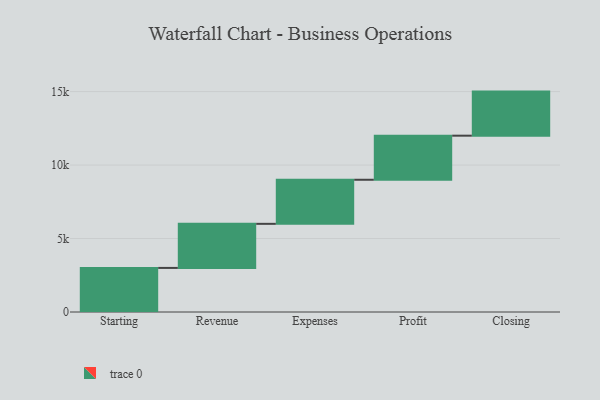
{"axis": {"x": "Step", "y": "Value"}, "legend": [""], "data": [{"x": "Starting", "y": 3000, "type": ""}, {"x": "Revenue", "y": 3000, "type": ""}, {"x": "Expenses", "y": 3000, "type": ""}, {"x": "Profit", "y": 3000, "type": ""}, {"x": "Closing", "y": 3000, "type": ""}]}